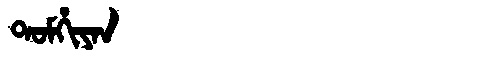
Manchu: ᡨᠣᠮᡥᡳᠶᠠᠨ
Romanization: TOMHIYAN